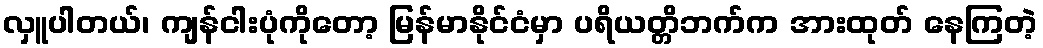
လှူပါတယ်၊ ကျန်ငါးပုံကိုတော့ မြန်မာနိုင်ငံမှာ ပရိယတ္တိဘက်က အားထုတ် နေကြတဲ့